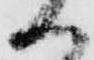
ハ